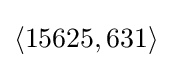
\langle 15625,631\rangle